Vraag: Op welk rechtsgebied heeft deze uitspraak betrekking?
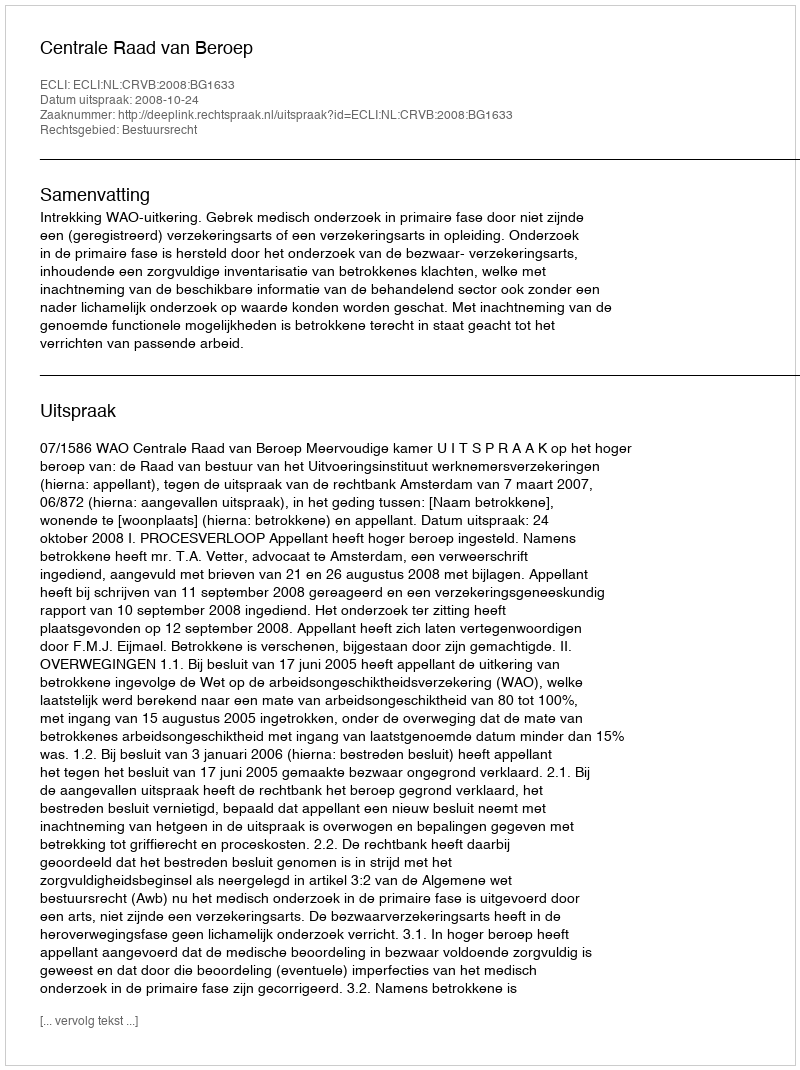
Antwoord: Bestuursrecht